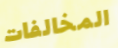
المخالفات